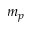
m _ { p }